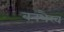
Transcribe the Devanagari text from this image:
वनभैरव